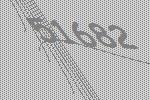
51682